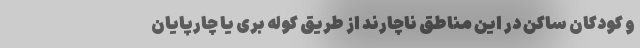
و کودکان ساکن در این مناطق ناچارند‌ از طریق کوله بری‌ یا چارپایان‌